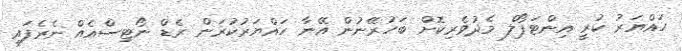
ހައްޔަރު ކުރީ އިންޓަޕޯލް މެދުވެރިކޮށް ބަހުރޭނުން އޭނާ ހައްޔަރުކުރަން ރެޑް ނޯޓިސްއެއް ނެރެފައި